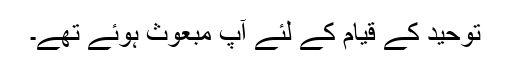
توحید کے قیام کے لئے آپ مبعوث ہوئے تھے۔